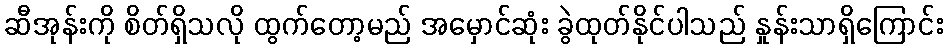
ဆီအုန်းကို စိတ်ရှိသလို ထွက်တော့မည် အမှောင်ဆုံး ခွဲထုတ်နိုင်ပါသည် နှုန်းသာရှိကြောင်း